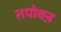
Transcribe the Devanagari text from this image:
तपोवऩ